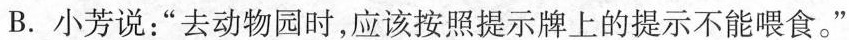
B.小芳说：”去动物园时，应该按照提示牌上的提示不能喂食。”